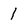
Character: 1